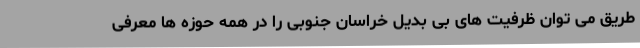
طریق می توان ظرفیت های بی بدیل خراسان جنوبی را در همه حوزه ها معرفی